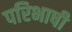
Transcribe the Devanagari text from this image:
परिभाषी